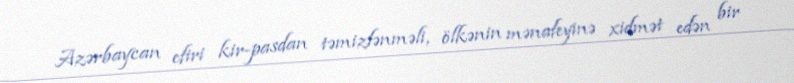
Azərbaycan efiri kir-pasdan təmizlənməli, ölkənin mənafeyinə xidmət edən bir